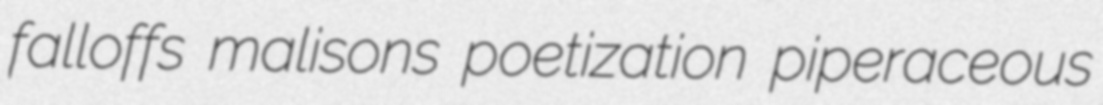
falloffs malisons poetization piperaceous